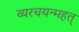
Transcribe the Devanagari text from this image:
व्यरचयन्महत्